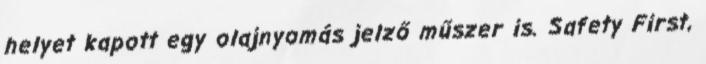
helyet kapott egy olajnyomás jelző műszer is. Safety First,